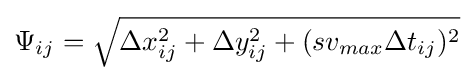
\Psi _{ij}={\sqrt {\Delta x_{ij}^{2}+\Delta y_{ij}^{2}+(sv_{max}\Delta t_{ij})^{2}}}